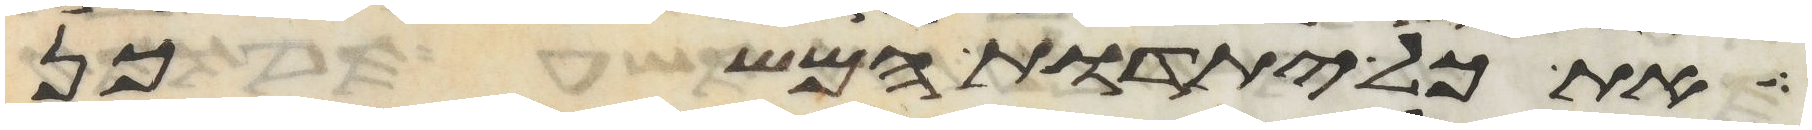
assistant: ואת כל יתדות המשכן